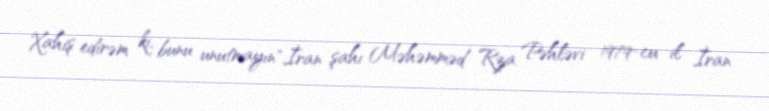
Xahiş edirəm ki, bunu unutmayın".İran şahı Məhəmməd Rza Pəhləvi 1979-cu il İran